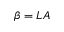
\beta = L A